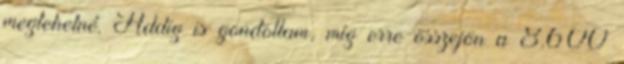
megtehetné. Addig is gondoltam, míg erre összejön a 8.600